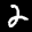
Label: 2